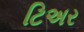
ટિઅર